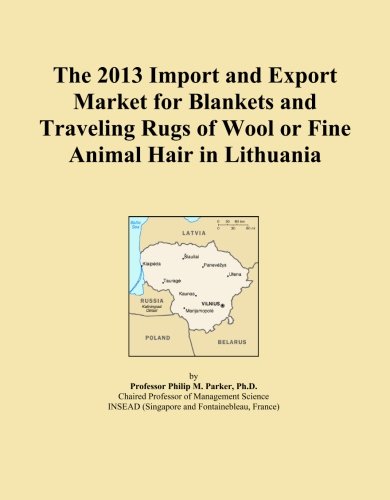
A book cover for The 2013 Import and Export Market for Blankets and Traveling Rugs of Wool or Fine Animal Hair in Lithuania; Icon Group International; Travel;